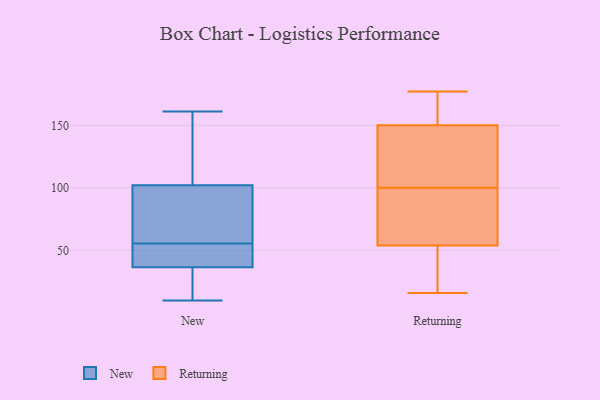
{"axis": {"x": "Demand Index", "y": "Value"}, "legend": ["New", "Returning"], "data": [{"x": "", "y": 35, "type": "New"}, {"x": "", "y": 98, "type": "New"}, {"x": "", "y": 10, "type": "New"}, {"x": "", "y": 70, "type": "New"}, {"x": "", "y": 36, "type": "New"}, {"x": "", "y": 41, "type": "New"}, {"x": "", "y": 30, "type": "New"}, {"x": "", "y": 117, "type": "New"}, {"x": "", "y": 86, "type": "New"}, {"x": "", "y": 131, "type": "New"}, {"x": "", "y": 91, "type": "New"}, {"x": "", "y": 161, "type": "New"}, {"x": "", "y": 41, "type": "New"}, {"x": "", "y": 37, "type": "New"}, {"x": "", "y": 37, "type": "New"}, {"x": "", "y": 106, "type": "New"}, {"x": "", "y": 75, "type": "Returning"}, {"x": "", "y": 97, "type": "Returning"}, {"x": "", "y": 47, "type": "Returning"}, {"x": "", "y": 137, "type": "Returning"}, {"x": "", "y": 123, "type": "Returning"}, {"x": "", "y": 153, "type": "Returning"}, {"x": "", "y": 157, "type": "Returning"}, {"x": "", "y": 156, "type": "Returning"}, {"x": "", "y": 150, "type": "Returning"}, {"x": "", "y": 16, "type": "Returning"}, {"x": "", "y": 78, "type": "Returning"}, {"x": "", "y": 54, "type": "Returning"}, {"x": "", "y": 177, "type": "Returning"}, {"x": "", "y": 103, "type": "Returning"}, {"x": "", "y": 112, "type": "Returning"}, {"x": "", "y": 70, "type": "Returning"}, {"x": "", "y": 31, "type": "Returning"}, {"x": "", "y": 37, "type": "Returning"}]}